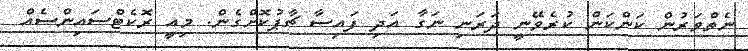
ނެތްވަރުން ކަންކަން ކުރެވޭނީ ދަރަނި ނަގާ އަދި ފައިސާ ޗާޕުކޮށްގެން. މިއީ ރޮކެޓްސައިންސެއް